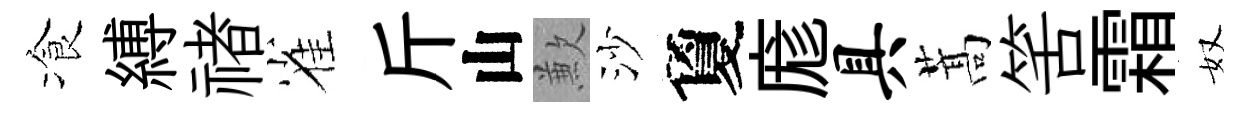
飡縛禇雀斤山歉沙夐庬具蒿筈霜奴